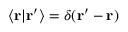
\langle \mathbf { r } | \mathbf { r } ^ { \prime } \rangle = \delta ( \mathbf { r } ^ { \prime } - \mathbf { r } )